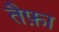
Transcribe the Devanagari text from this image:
तैफ़ा